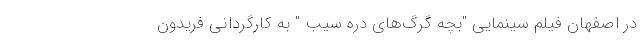
در اصفهان فیلم سینمایی "بچه گرگ‌های دره سیب " به کارگردانی فریدون